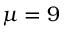
\mu = 9